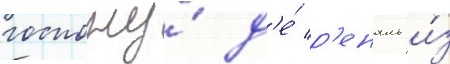
госпожу́ д'е́ р'еналь и́з